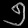
Digit: ၅